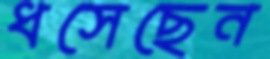
ধসেছেন